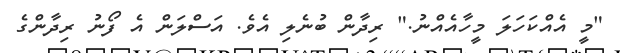
"މީ އެއްކަހަލަ މީހާއެއްނު." ރިދާން ބުނެލި އެވެ. އަސްލަން އެ ފޯނު ރިދާންގެ